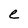
Character: e